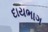
દાયભાગ